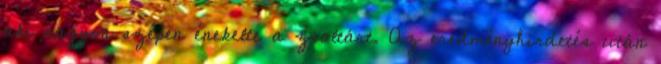
aki nagyon szépen énekelte a zsoltárt. Az eredményhirdetés után